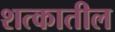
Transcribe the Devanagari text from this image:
शत्कातील